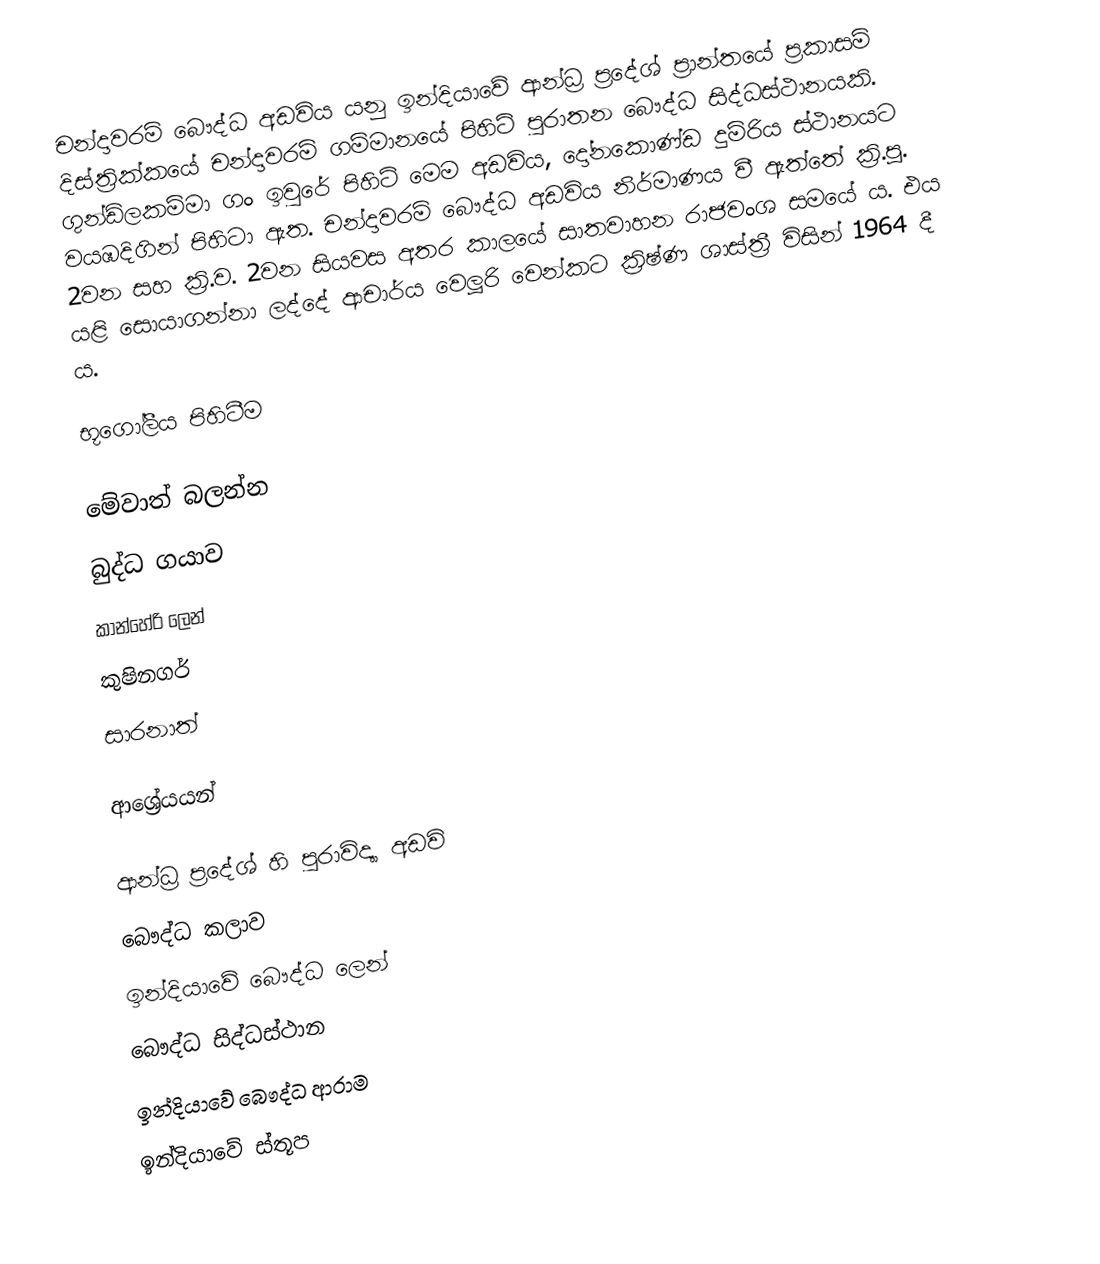
චන්දාවරම් බෞද්ධ අඩවිය යනු ඉන්දියාවේ ආන්ධ්‍ර ප්‍රදේශ් ප්‍රාන්තයේ ප්‍රකාසම් දිස්ත්‍රික්කයේ චන්දාවරම් ගම්මානයේ පිහිටි පුරාතන බෞද්ධ සිද්ධස්ථානයකි. ගුන්ඩ්ලකම්මා ගං ඉවුරේ පිහිටි මෙම අඩවිය, දෝනකොණ්ඩ දුම්රිය ස්ථානයට  වයඹදිගින් පිහිටා ඇත. චන්දාවරම් බෞද්ධ අඩවිය නිර්මාණය වී ඇත්තේ ක්‍රි.පූ. 2වන සහ ක්‍රි.ව. 2වන සියවස අතර කාලයේ සාතවාහන රාජවංශ සමයේ ය. එය යළි සොයාගන්නා ලද්දේ ආචාර්ය වෙලූරි වෙන්කට ක්‍රිෂ්ණ ශාස්ත්‍රී විසින් 1964 දී ය.

භූගෝලීය පිහිටීම

මේවාත් බලන්න
 බුද්ධ ගයාව
 කාන්හේරි ලෙන්
 කුෂිනගර්
 සාරනාත්

ආශ්‍රේයයන්

ආන්ධ්‍ර ප්‍රදේශ් හි පුරාවිද්‍යා අඩවි
බෞද්ධ කලාව
ඉන්දියාවේ බෞද්ධ ලෙන්
බෞද්ධ සිද්ධස්ථාන
ඉන්දියාවේ බෞද්ධ ආරාම
ඉන්දියාවේ ස්තූප